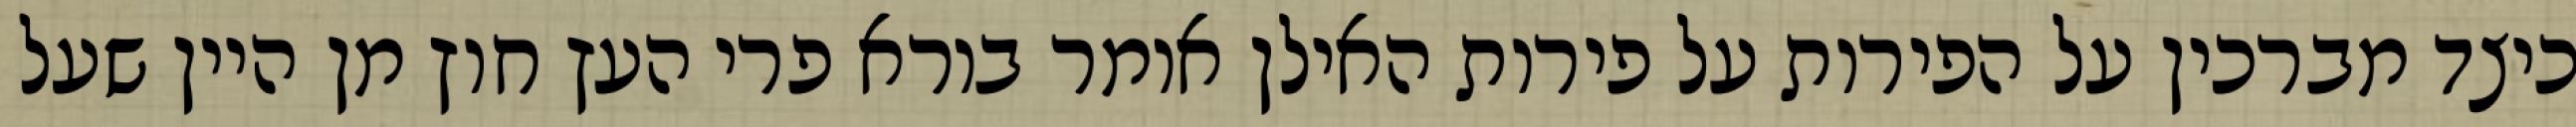
כיצד מברכין על הפירות על פירות האילן אומר בורא פרי העץ חוץ מן היין שעל